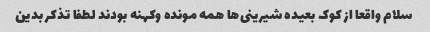
سلام واقعا از کوک بعیده شیرینى‌ها همه مونده وکهنه بودند لطفا تذکر بدین